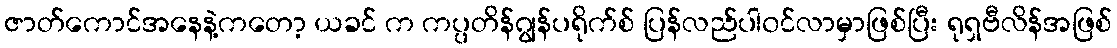
ဇာတ်ကောင်အနေနဲ့ကတော့ ယခင် က ကပ္ပတိန်ဂျွန်ပရိုက်စ် ပြန်လည်ပါ၀င်လာမှာဖြစ်ပြီး ရုရှဗီလိန်အဖြစ်